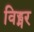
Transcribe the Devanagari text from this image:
विड्मर